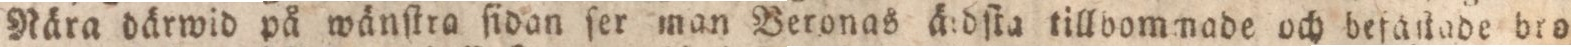
Nära därwid på wänſtra ſidan ſer man Veronas ärdſta tillvommade och befäſtade bro